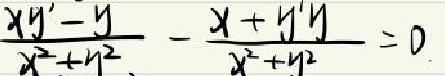
\[ \frac{xy' - y}{x^{2}+y^{2}}-\frac{x + y'y}{x^{2}+y^{2}} = 0 \]